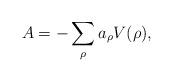
\begin{align*} A=-\sum_{\rho}a_{\rho}V(\rho), \end{align*}